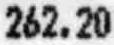
262.20